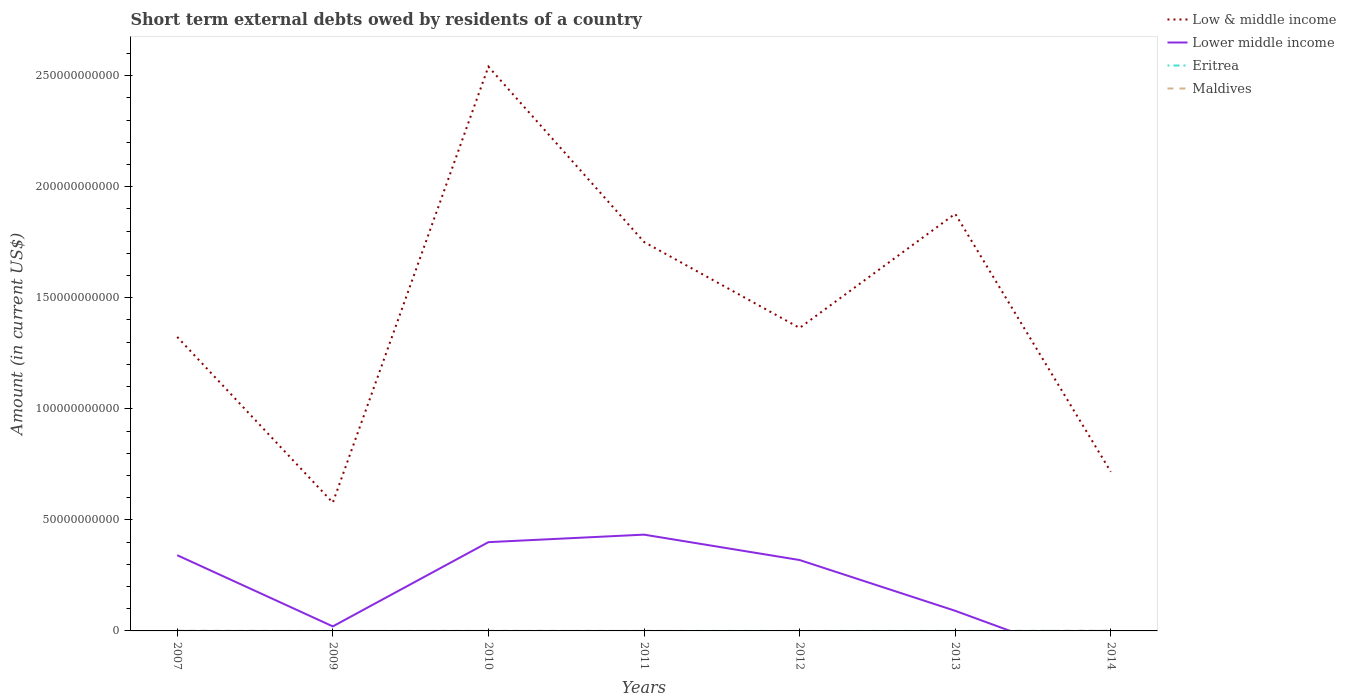
| Years | Low & middle income | Lower middle income | Eritrea | Maldives |
 | --- | --- | --- | --- | --- |
 | 2007 | 1.32e+11 | 3.41e+10 | -2e+06 | 8.91e+07 |
 | 2009 | 5.78e+10 | 2.04e+09 | -5e+06 | -2.96e+07 |
 | 2010 | 2.54e+11 | 4e+10 | 2e+06 | 3.61e+07 |
 | 2011 | 1.75e+11 | 4.33e+10 | 1e+06 | 7.15e+06 |
 | 2012 | 1.36e+11 | 3.19e+10 | -5e+06 | -1.35e+08 |
 | 2013 | 1.88e+11 | 9.06e+09 | 4e+06 | -4.83e+07 |
 | 2014 | 7.16e+10 | -1.66e+10 | 2.8e+07 | 9.82e+07 |